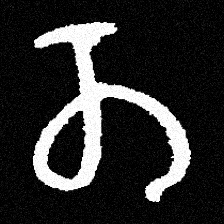
Pyu character \u2014 Myanmar letter: တ (romanized: ta)